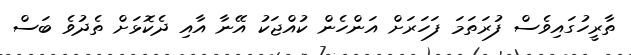
ތާރީހުގައިވެސް ފުރަތަމަ ފަހަރަށް އަންހެން ކުއްޖަކު އޭނާ އާއި ދެކޮޅަށް ތެދުވެ ބަސް